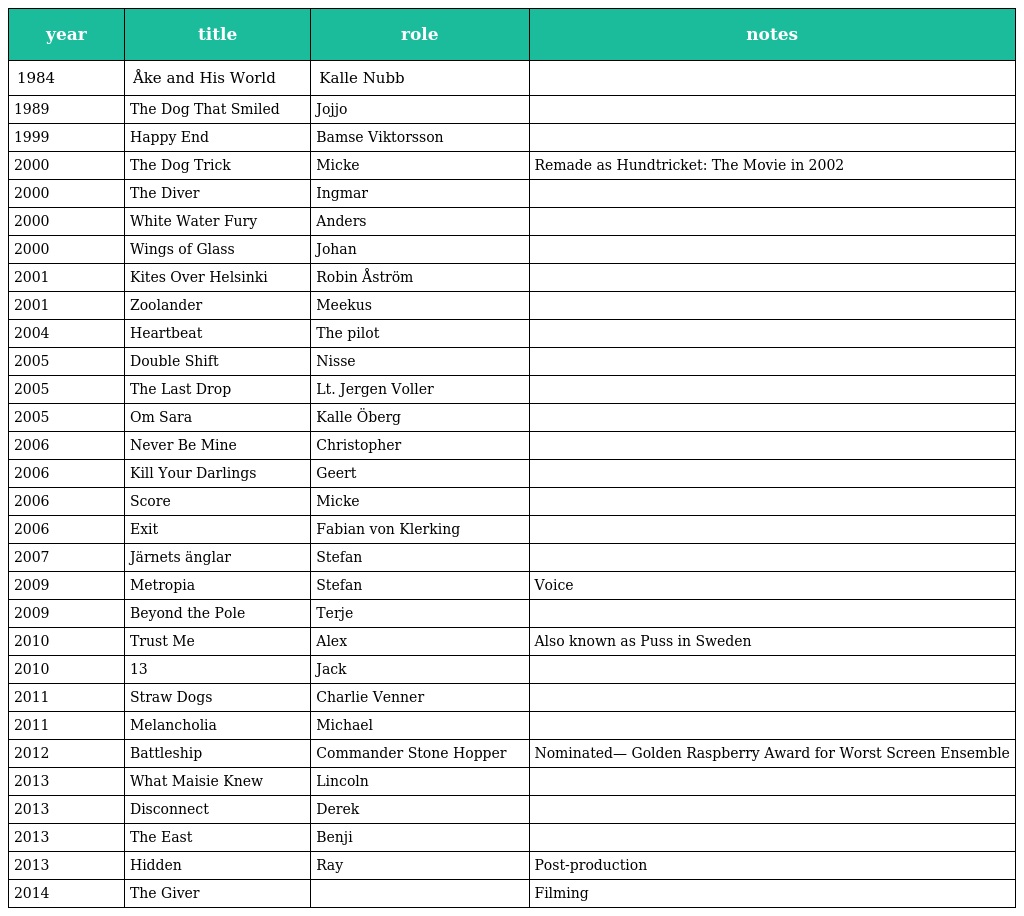
| year | title | role | notes |
 | --- | --- | --- | --- |
 | 1984 | Åke and His World | Kalle Nubb |  |
 | 1989 | The Dog That Smiled | Jojjo |  |
 | 1999 | Happy End | Bamse Viktorsson |  |
 | 2000 | The Dog Trick | Micke | Remade as Hundtricket: The Movie in 2002 |
 | 2000 | The Diver | Ingmar |  |
 | 2000 | White Water Fury | Anders |  |
 | 2000 | Wings of Glass | Johan |  |
 | 2001 | Kites Over Helsinki | Robin Åström |  |
 | 2001 | Zoolander | Meekus |  |
 | 2004 | Heartbeat | The pilot |  |
 | 2005 | Double Shift | Nisse |  |
 | 2005 | The Last Drop | Lt. Jergen Voller |  |
 | 2005 | Om Sara | Kalle Öberg |  |
 | 2006 | Never Be Mine | Christopher |  |
 | 2006 | Kill Your Darlings | Geert |  |
 | 2006 | Score | Micke |  |
 | 2006 | Exit | Fabian von Klerking |  |
 | 2007 | Järnets änglar | Stefan |  |
 | 2009 | Metropia | Stefan | Voice |
 | 2009 | Beyond the Pole | Terje |  |
 | 2010 | Trust Me | Alex | Also known as Puss in Sweden |
 | 2010 | 13 | Jack |  |
 | 2011 | Straw Dogs | Charlie Venner |  |
 | 2011 | Melancholia | Michael |  |
 | 2012 | Battleship | Commander Stone Hopper | Nominated— Golden Raspberry Award for Worst Screen Ensemble |
 | 2013 | What Maisie Knew | Lincoln |  |
 | 2013 | Disconnect | Derek |  |
 | 2013 | The East | Benji |  |
 | 2013 | Hidden | Ray | Post-production |
 | 2014 | The Giver |  | Filming |